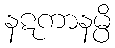
နဋကာနမ္ပိ